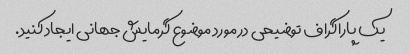
یک پاراگراف توضیحی در مورد موضوع گرمایش جهانی ایجاد کنید.